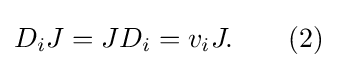
D_{i}J=JD_{i}=v_{i}J.\qquad (2)